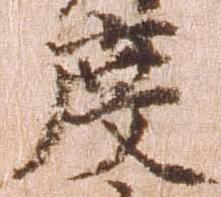
度